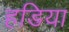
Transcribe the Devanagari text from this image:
हडिया